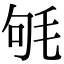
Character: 㲒